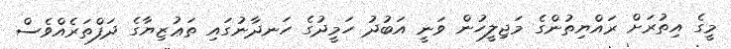
މީގެ އިތުރަށް ރައްޔިތުންގެ މަޖިލީހުން ވަނީ އަބުދު ހަމީދުގެ ހަނދާނުގައި ތަޢުޒިޔާގެ ދަފްތަރެއްވެސް